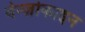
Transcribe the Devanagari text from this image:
बेन्ज़ोकाइन